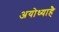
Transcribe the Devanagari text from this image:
अयोध्याहै